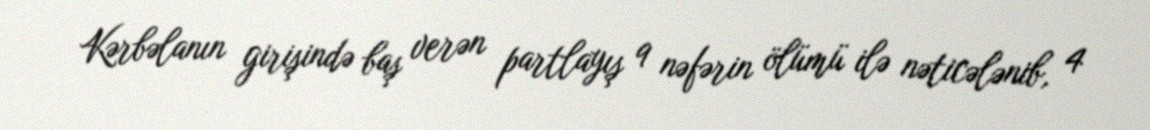
Kərbəlanın girişində baş verən partlayış 9 nəfərin ölümü ilə nəticələnib, 4